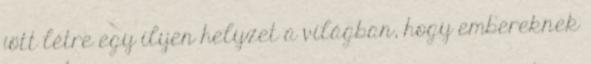
jött létre egy ilyen helyzet a világban, hogy embereknek